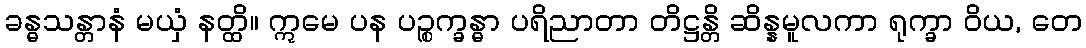
ခန္ဓသန္တာနံ မယှံ နတ္ထိ။ ဣမေ ပန ပဉ္စက္ခန္ဓာ ပရိညာတာ တိဋ္ဌန္တိ ဆိန္နမူလကာ ရုက္ခာ ဝိယ, တေ